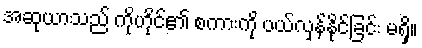
အဆုယာသည် ကိုဟိုင်၏ စကားကို ပယ်လှန်နိုင်ခြင်း မရှိ။